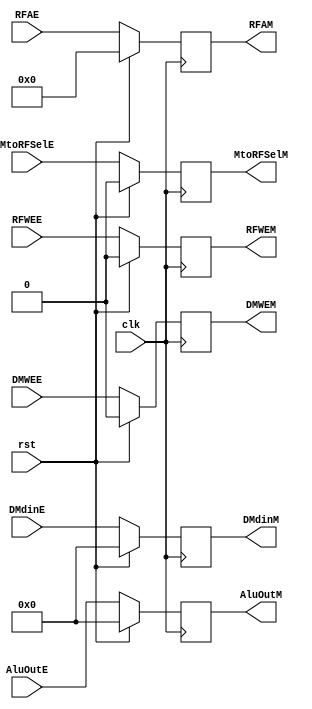
`timescale 1ns / 1ps

module IE_IM_Pipe #(parameter WL=32)
    (
    input clk,
    input rst,
    input RFWEE,
    input MtoRFSelE,
    input DMWEE,
    input  [WL-1:0] AluOutE,
    input  [WL-1:0] DMdinE,
    input  [4:0] RFAE,    

    output reg RFWEM,
    output reg MtoRFSelM,
    output reg DMWEM,
    output reg [WL-1:0] AluOutM,
    output reg [WL-1:0] DMdinM,
    output reg [4:0] RFAM      
    );
    
    //Pipeline Register
    always @(posedge clk)
    begin
        if(rst)
        begin
            RFWEM <= 1'b0;
            MtoRFSelM <= 1'b0;
            DMWEM <= 1'b0;
            AluOutM <= 32'b0;
            DMdinM <= 32'b0;
            RFAM <= 5'b0;
        end
        else
        begin    
            RFWEM <= RFWEE;
            MtoRFSelM <= MtoRFSelE;
            DMWEM <= DMWEE;
            AluOutM <= AluOutE;
            DMdinM <= DMdinE;
            RFAM <= RFAE;
        end
    end
    
endmodule